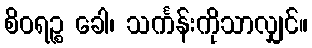
စိဝရဉ္စ ခေါ၊ သင်္ကန်းကိုသာလျှင်။